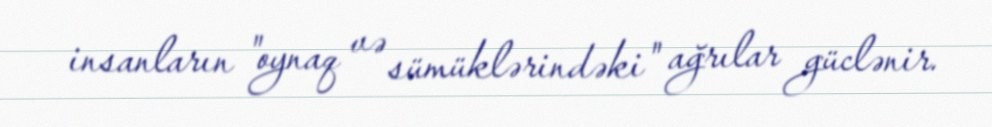
insanların "oynaq və sümüklərindəki" ağrılar güclənir.